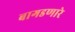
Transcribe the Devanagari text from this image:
बागडणारे